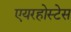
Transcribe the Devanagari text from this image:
एयरहोस्टेस